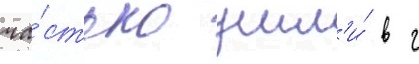
ча́стью ушл'и́ в г